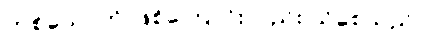
တစ်ယောက် ဖြစ်ကြောင်းလည်း သိစေသည်။